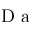
\textrm { D a }